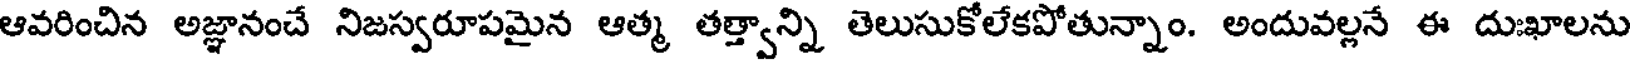
ఆవరించిన అజ్ఞానంచే నిజస్వరూపమైన ఆత్మ తత్త్వాన్ని తెలుసుకోలేకపోతున్నాం. అందువల్లనే ఈ దుఃఖాలను